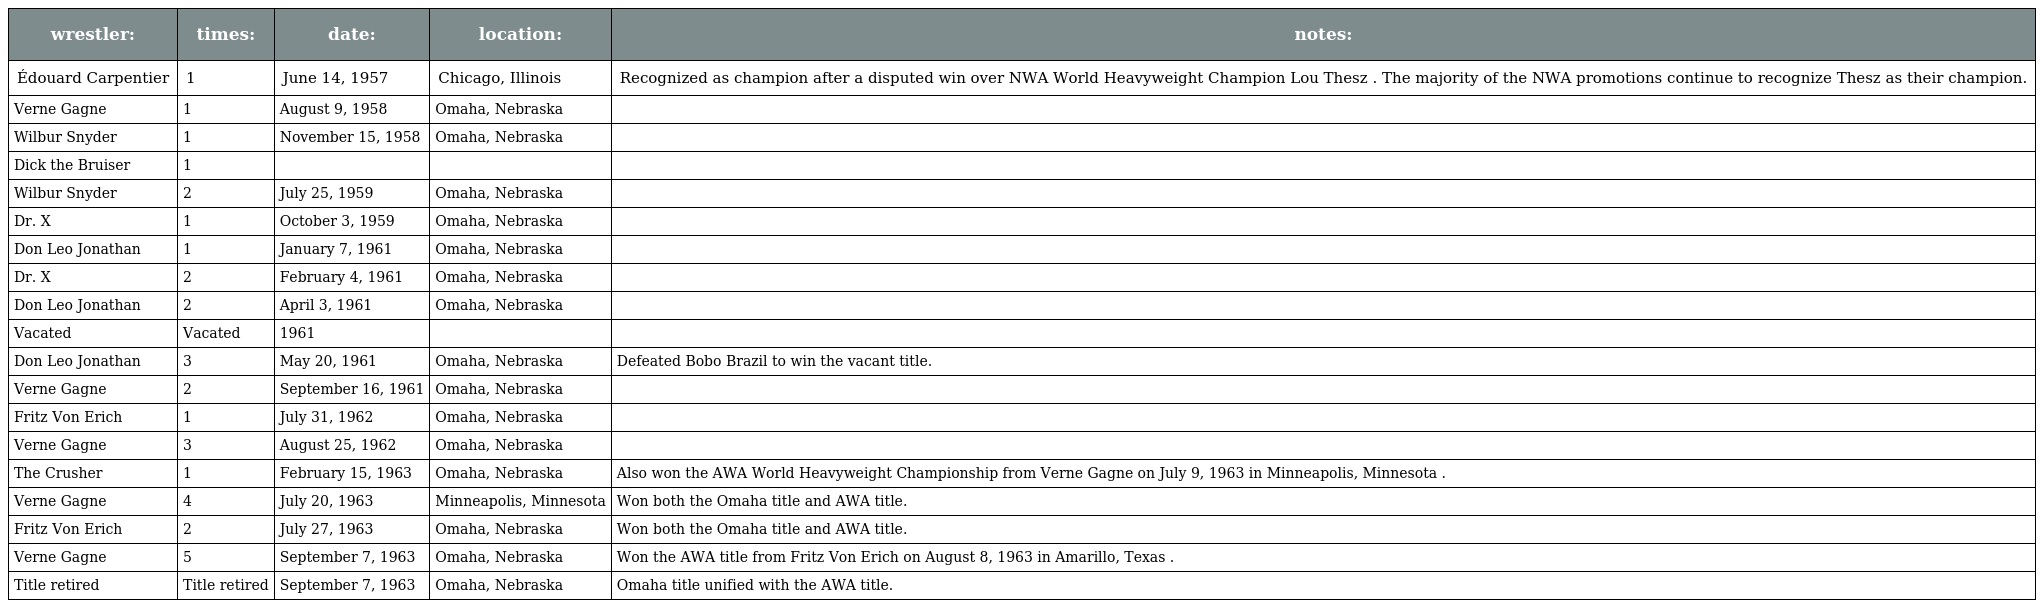
| wrestler: | times: | date: | location: | notes: |
 | --- | --- | --- | --- | --- |
 | Édouard Carpentier | 1 | June 14, 1957 | Chicago, Illinois | Recognized as champion after a disputed win over NWA World Heavyweight Champion Lou Thesz . The majority of the NWA promotions continue to recognize Thesz as their champion. |
 | Verne Gagne | 1 | August 9, 1958 | Omaha, Nebraska |  |
 | Wilbur Snyder | 1 | November 15, 1958 | Omaha, Nebraska |  |
 | Dick the Bruiser | 1 |  |  |  |
 | Wilbur Snyder | 2 | July 25, 1959 | Omaha, Nebraska |  |
 | Dr. X | 1 | October 3, 1959 | Omaha, Nebraska |  |
 | Don Leo Jonathan | 1 | January 7, 1961 | Omaha, Nebraska |  |
 | Dr. X | 2 | February 4, 1961 | Omaha, Nebraska |  |
 | Don Leo Jonathan | 2 | April 3, 1961 | Omaha, Nebraska |  |
 | Vacated | Vacated | 1961 |  |  |
 | Don Leo Jonathan | 3 | May 20, 1961 | Omaha, Nebraska | Defeated Bobo Brazil to win the vacant title. |
 | Verne Gagne | 2 | September 16, 1961 | Omaha, Nebraska |  |
 | Fritz Von Erich | 1 | July 31, 1962 | Omaha, Nebraska |  |
 | Verne Gagne | 3 | August 25, 1962 | Omaha, Nebraska |  |
 | The Crusher | 1 | February 15, 1963 | Omaha, Nebraska | Also won the AWA World Heavyweight Championship from Verne Gagne on July 9, 1963 in Minneapolis, Minnesota . |
 | Verne Gagne | 4 | July 20, 1963 | Minneapolis, Minnesota | Won both the Omaha title and AWA title. |
 | Fritz Von Erich | 2 | July 27, 1963 | Omaha, Nebraska | Won both the Omaha title and AWA title. |
 | Verne Gagne | 5 | September 7, 1963 | Omaha, Nebraska | Won the AWA title from Fritz Von Erich on August 8, 1963 in Amarillo, Texas . |
 | Title retired | Title retired | September 7, 1963 | Omaha, Nebraska | Omaha title unified with the AWA title. |